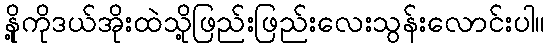
နို့ကိုဒယ်အိုးထဲသို့ဖြည်းဖြည်းလေးသွန်းလောင်းပါ။